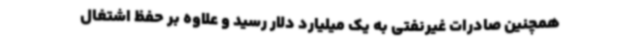
همچنین صادرات غیرنفتی به یک میلیارد دلار رسید و علاوه بر حفظ اشتغال